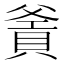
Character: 𤕙